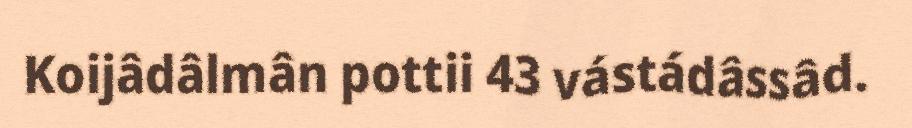
Koijâdâlmân pottii 43 vástádâssâd.